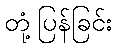
တုံ့ပြန်ခြင်း